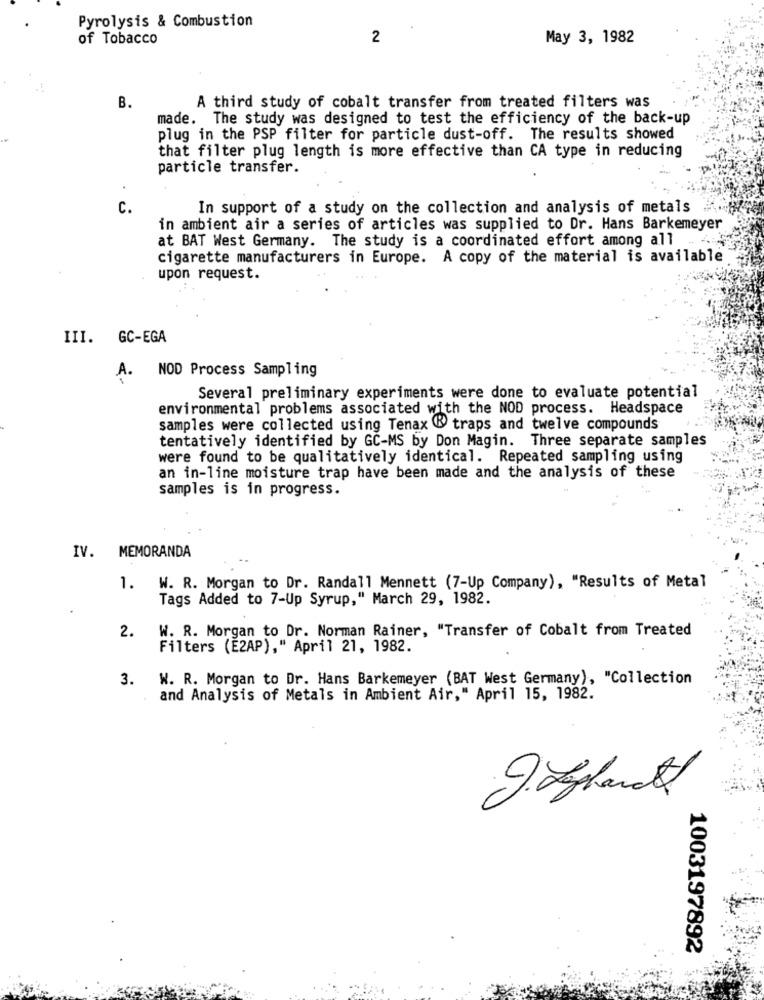
Pyrolysis & Combustion
of Tobacco
2
May 3, 1982
B.
A third study of cobalt transfer from treated filters was
made. The study was designed to test the efficiency of the back-up
plug in the PSP filter for particle dust-off. The results showed
that filter plug length is more effective than CA type in reducing
particle transfer.
C.
In support of a study on the collection and analysis of metals
in ambient air a series of articles was supplied to Dr. Hans Barkemeyer
at BAT West Germany. The study is a coordinated effort among all
cigarette manufacturers in Europe. A copy of the material is available
upon request.
III. GC-EGA
NOD Process Sampling
A.
Several preliminary experiments were done to evaluate potential
environmental problems associated with the NOD process. Headspace
samples were collected using Tenax @ traps and twelve compounds
tentatively identified by GC-MS by Don Magin. Three separate samples
were found to be qualitatively identical. Repeated sampling using
an in-line moisture trap have been made and the analysis of these
samples is in progress.
IV. MEMORANDA
1. W. R. Morgan to Dr. Randall Mennett (7-Up Company), "Results of Metal
Tags Added to 7-Up Syrup," March 29, 1982.
W. R. Morgan to Dr. Norman Rainer, "Transfer of Cobalt from Treated
2.
Filters (E2AP)," April 21, 1982.
3. W. R. Morgan to Dr. Hans Barkemeyer (BAT West Germany), "Collection
and Analysis of Metals in Ambient Air," April 15, 1982.
Jagland
1003197892